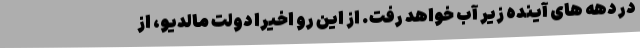
در دهه های آینده زیر آب خواهد رفت. از این رو اخیراً دولت مالدیو، از